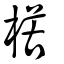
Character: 楛